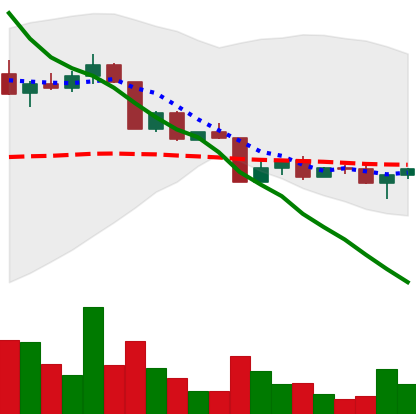
Ticker: ADA-USD
Chart end date: 2022-04-19
Forward return: -7.026%
Label: down_7plus